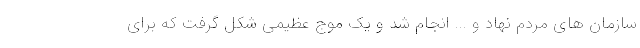
سازمان های مردم نهاد و ... انجام شد و یک موج عظیمی شکل گرفت که برای